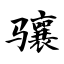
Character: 骧